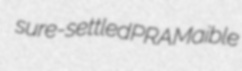
sure-settled PRA Maible